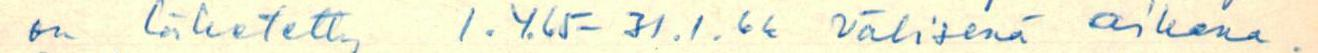
on lähetetty 1.4.65 - 31.1.66 välisenä aikana.